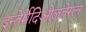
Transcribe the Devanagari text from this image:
इन्तेर्मेदिओलतेरल